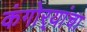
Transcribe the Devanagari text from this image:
कंगोर्‍यांचा